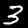
Label: 3